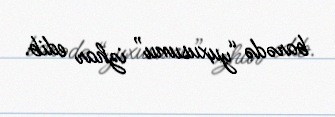
barədə “yuxusunu” izhar edib.